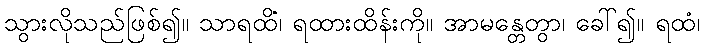
သွားလိုသည်ဖြစ်၍။ သာရထိံ၊ ရထားထိန်းကို။ အာမန္တေတွာ၊ ခေါ်၍။ ရထံ၊